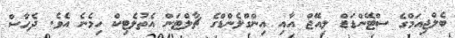
ބެލްޖިއަމްގެ ސްޓޭންޑަޑް ލިއޭޖް އާއި އިންގްލެންޑްގެ ޗާލްޓަން އެތުލެޓިކް ހިމެނެ އެވެ. ދެހާސް